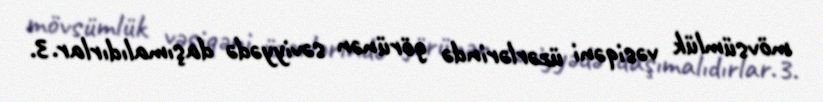
mövsümlük vəsiqəni üzərlərində görünən səviyyədə daşımalıdırlar.3.